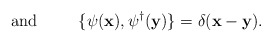
\begin{align*}\mbox{and}\;\;\;\;\;\;\;\;\;\{\psi({\bf x}),\psi^\dagger({\bf y})\} =\delta({\bf x-y}).\end{align*}